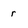
Character: r